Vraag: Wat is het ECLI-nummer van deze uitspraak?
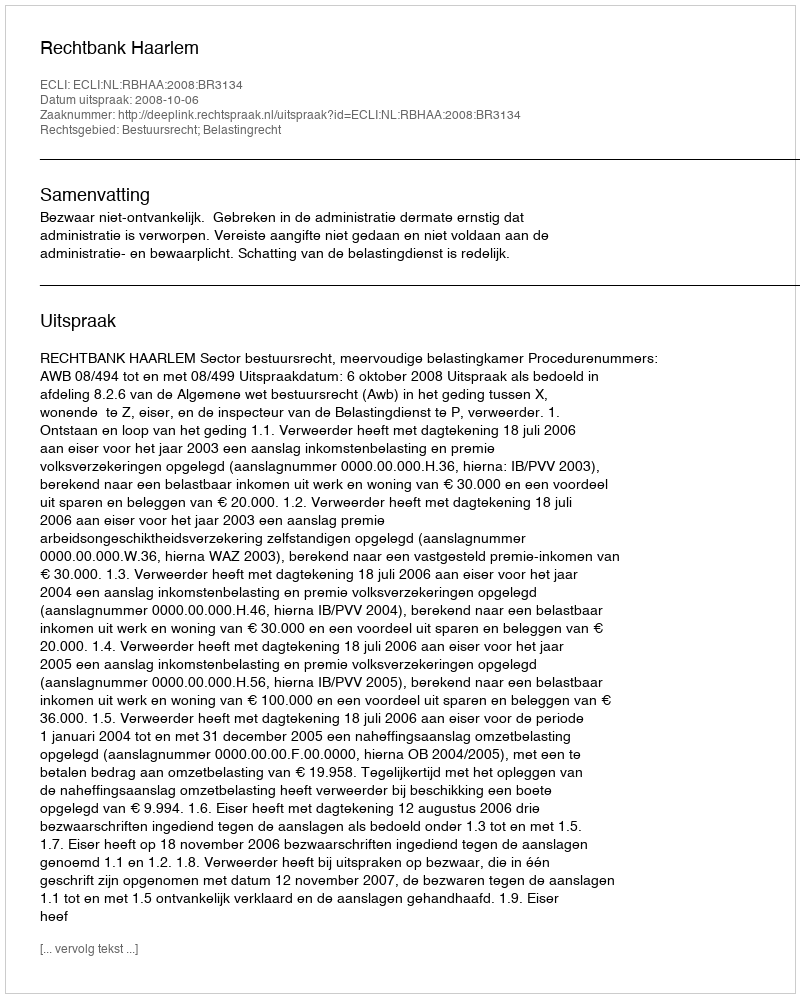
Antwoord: ECLI:NL:RBHAA:2008:BR3134